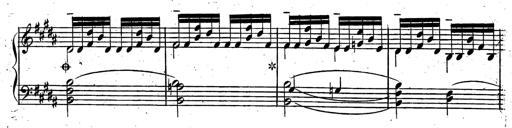
Title: Rondeau fantastique sur un thÃ¨me espagnol
Composer: Franz Liszt